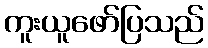
ကူးယူဖော်ပြသည်